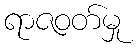
ရာဇဝတ်မှု